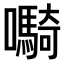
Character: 𫬷